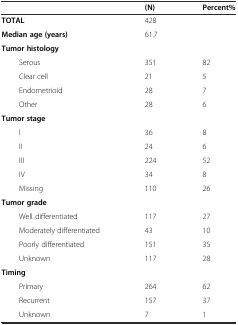
<table><thead><tr><td></td><td><b>(N)</b></td><td><b>Percent%</b></td></tr></thead><tbody><tr><td><b>TOTAL</b></td><td>428</td><td></td></tr><tr><td><b>Median age (years)</b></td><td>61.7</td><td></td></tr><tr><td><b>Tumor histology</b></td><td></td><td></td></tr><tr><td>Serous</td><td>351</td><td>82</td></tr><tr><td>Clear cell</td><td>21</td><td>5</td></tr><tr><td>Endometrioid</td><td>28</td><td>7</td></tr><tr><td>Other</td><td>28</td><td>6</td></tr><tr><td><b>Tumor stage</b></td><td></td><td></td></tr><tr><td>I</td><td>36</td><td>8</td></tr><tr><td>II</td><td>24</td><td>6</td></tr><tr><td>III</td><td>224</td><td>52</td></tr><tr><td>IV</td><td>34</td><td>8</td></tr><tr><td>Missing</td><td>110</td><td>26</td></tr><tr><td><b>Tumor grade</b></td><td></td><td></td></tr><tr><td>Well differentiated</td><td>117</td><td>27</td></tr><tr><td>Moderately differentiated</td><td>43</td><td>10</td></tr><tr><td>Poorly differentiated</td><td>151</td><td>35</td></tr><tr><td>Unknown</td><td>117</td><td>28</td></tr><tr><td><b>Timing</b></td><td></td><td></td></tr><tr><td>Primary</td><td>264</td><td>62</td></tr><tr><td>Recurrent</td><td>157</td><td>37</td></tr><tr><td>Unknown</td><td>7</td><td>1</td></tr></tbody></table>